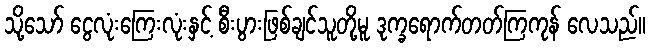
သို့သော် ငွေလုံးကြေးလုံးနှင့် စီးပွားဖြစ်ချင်သူတို့မူ ဒုက္ခရောက်တတ်ကြကုန် လေသည်။